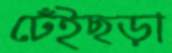
ঢেঁইছড়া